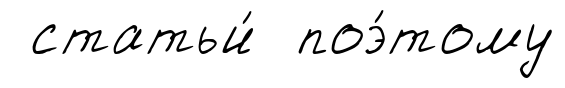
статьи́ поэ́тому